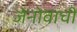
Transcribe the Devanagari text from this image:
जेनोवाची